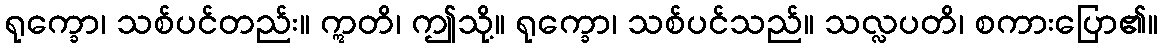
ရုက္ခော၊ သစ်ပင်တည်း။ ဣတိ၊ ဤသို့။ ရုက္ခော၊ သစ်ပင်သည်။ သလ္လပတိ၊ စကားပြော၏။